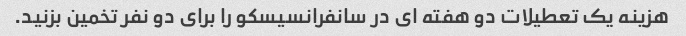
هزینه یک تعطیلات دو هفته ای در سانفرانسیسکو را برای دو نفر تخمین بزنید.